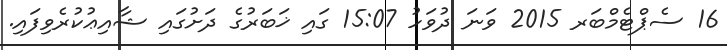
16 ސެޕްޓެމްބަރ 2015 ވަނަ ދުވަހު 15:07 ގައި ޚަބަރުގެ ދަށުގައި ޝާއިޢުކުރެވިފައި.